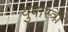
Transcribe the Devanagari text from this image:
युवास्त्री